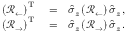
\begin{array} { r l r } { \left( \mathcal { R } _ { \leftarrow } \right) ^ { \mathrm { T } } } & { { } = } & { \hat { \sigma } _ { z } \left( \mathcal { R } _ { \leftarrow } \right) \hat { \sigma } _ { z } \, , } \\ { \left( \mathcal { R } _ { \rightarrow } \right) ^ { \mathrm { T } } } & { { } = } & { \hat { \sigma } _ { z } \left( \mathcal { R } _ { \rightarrow } \right) \hat { \sigma } _ { z } \, . } \end{array}